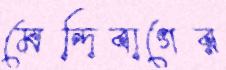
মেন্দিবাগের